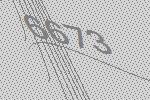
6673